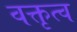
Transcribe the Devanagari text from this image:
वक्तृत्‍व